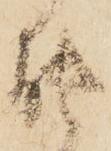
能